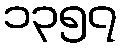
၁၃၅၇